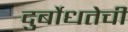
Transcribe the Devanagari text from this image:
दुर्बोधतेची